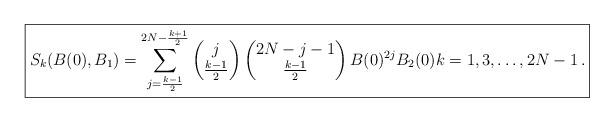
LaTeX: \begin{align*}\boxed{S_k(B(0),B_1) = \sum_{j=\frac{k-1}2 }^{2N-\frac{k+1}2} \begin{pmatrix} j \\ \frac{k-1}2 \end{pmatrix} \begin{pmatrix} 2N-j-1\\ \frac{k-1}2 \end{pmatrix} B(0)^{2j} B_2(0)k=1,3,\dots, 2N-1\,.}\end{align*}